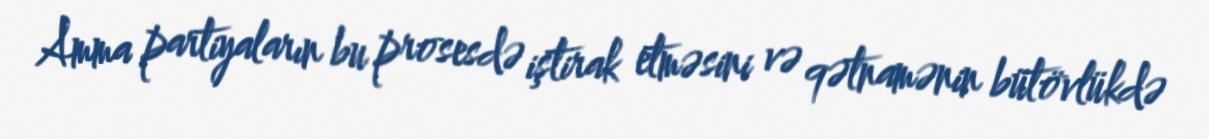
Amma partiyaların bu prosesdə iştirak etməsini və qətnamənin bütövlükdə